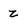
Character: z